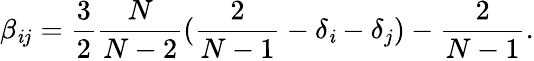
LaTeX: \beta_{\mathit{i}j}=\frac{{3}}{{2}}\frac{{N}}{{N-2}}(\frac{{2}}{{N-1}}-\delta_{\mathit{i}}-\delta_{j})-\frac{{2}}{{N-1}}.